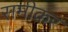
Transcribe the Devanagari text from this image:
समीकर